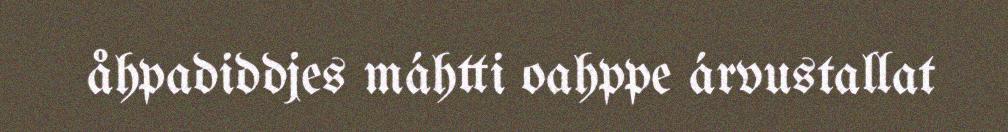
åhpadiddjes máhtti oahppe árvustallat